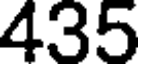
435